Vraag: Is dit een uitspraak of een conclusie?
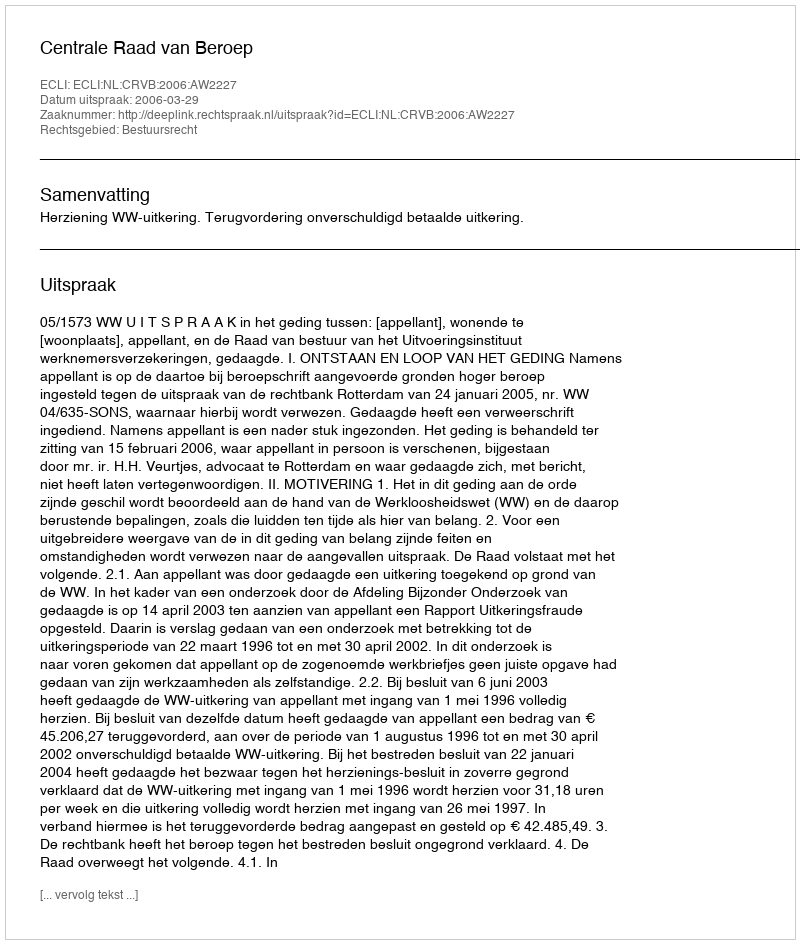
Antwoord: Uitspraak